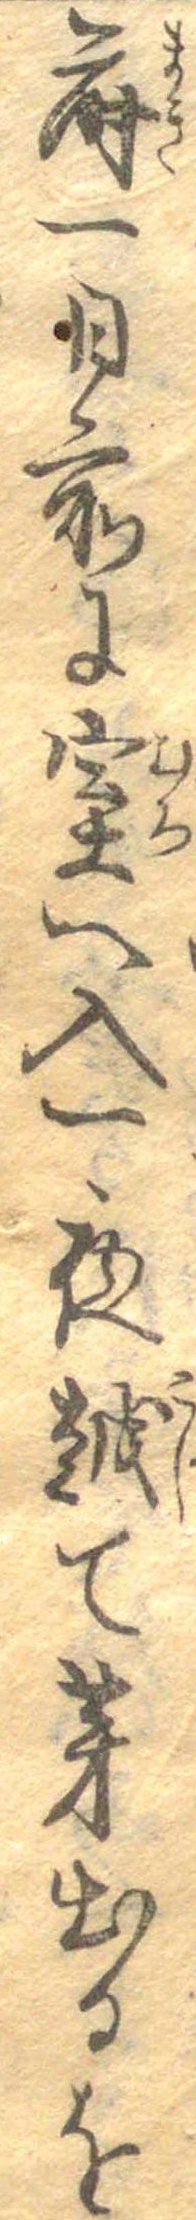
蒔一日前に室へ入一夜越て芽出るを